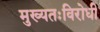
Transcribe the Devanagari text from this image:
मुख्यतःविरोधी